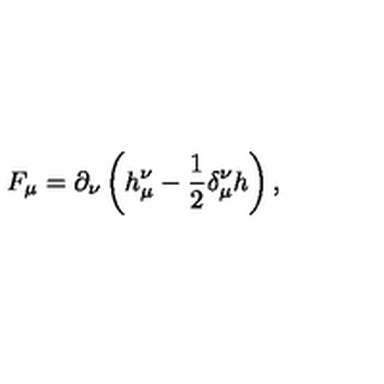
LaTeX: F _ { \mu } = \partial _ { \nu } \left( h _ { \mu } ^ { \nu } - \frac 1 2 \delta _ { \mu } ^ { \nu } h \right) ,